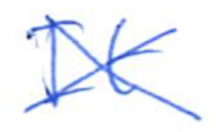
Text: It
Cross-out: mix
Writing tool: ballpoint